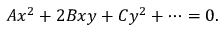
A x ^ { 2 } + 2 B x y + C y ^ { 2 } + \cdots = 0 .